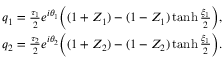
\begin{array} { r } { q _ { 1 } = \frac { \tau _ { 1 } } { 2 } e ^ { i \theta _ { 1 } } \bigg ( ( 1 + Z _ { 1 } ) - ( 1 - Z _ { 1 } ) \operatorname { t a n h } \frac { \xi _ { 1 } } { 2 } \bigg ) , } \\ { q _ { 2 } = \frac { \tau _ { 2 } } { 2 } e ^ { i \theta _ { 2 } } \bigg ( ( 1 + Z _ { 2 } ) - ( 1 - Z _ { 2 } ) \operatorname { t a n h } \frac { \xi _ { 1 } } { 2 } \bigg ) . } \end{array}